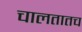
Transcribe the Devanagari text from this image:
चालतातच